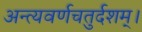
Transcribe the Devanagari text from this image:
अन्त्यवर्णचतुर्दशम्।